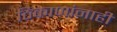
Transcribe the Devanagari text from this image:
ठिकाणांनाही